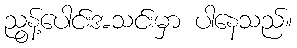
ညွန့်ပေါင်းအသင်းမှာ ပါနေသည်။